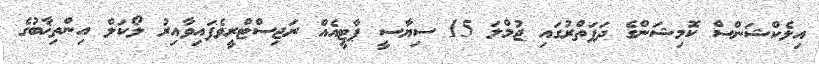
އިލެކްޝަންސް ކޮމިޝަންގެ ދަފަތްރުގައި ޖުމްލަ 15 ސިޔާސީ ޕާޓީއެއް ރަޖިސްޓްރީވެފައިވާއިރު ލޯކަލް އިންތިޚާބުގެ